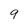
Character: 9